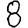
Digit: 8